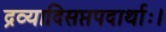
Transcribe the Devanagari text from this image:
द्रव्यादिसप्तपदार्थाः।